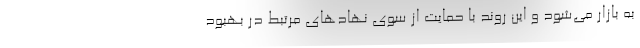
به بازار می‌شود و این روند با حمایت از سوی نهادهای مرتبط در بهبود